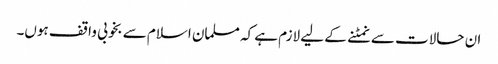
ان حالات سے نمٹنے کے لیے لازم ہے کہ مسلمان اسلام سے بخوبی واقف ہوں۔